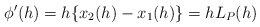
\begin{align*} \begin{aligned} \phi'(h)&=h\{x_2(h)-x_1(h)\}=hL_P(h)\\ \end{aligned} \end{align*}